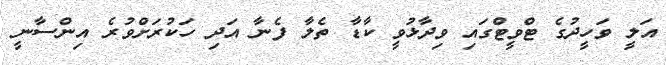
އަލީ ވަހީދުގެ ޓްވީޓްގައި ވިދާޅުވީ ކާޑާ ތެލާ ފެނާ އަދި ހަކުރަށްވުރެ އިންސާނީ